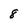
Character: 8